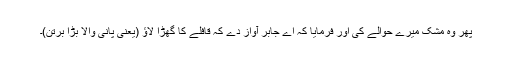
پھر وہ مشک میرے حوالے کی اور فرمایا کہ اے جابر آواز دے کہ قافلے کا گھڑا لاؤ (یعنی پانی والا بڑا برتن)۔